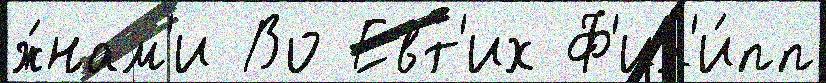
ж́нам'и Во Евт'их Ф'ил'и́пп